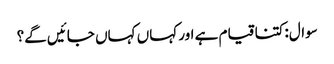
سوال:کتنا قیام ہے اور کہاں کہاں جائیں گے؟